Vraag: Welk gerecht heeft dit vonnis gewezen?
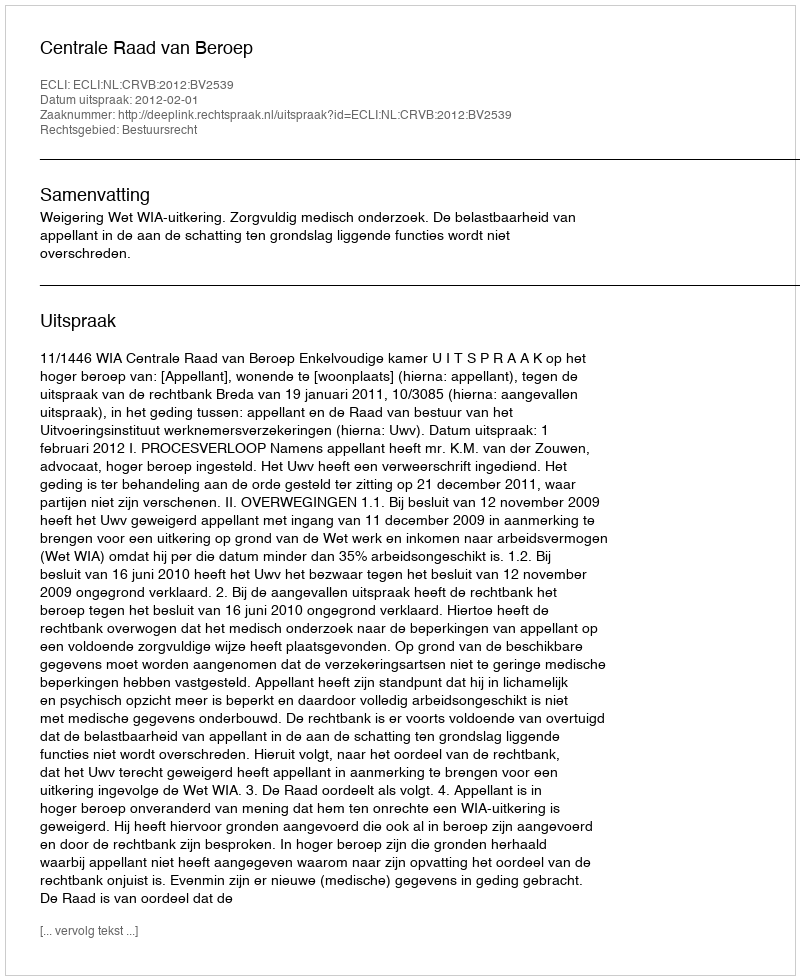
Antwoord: Centrale Raad van Beroep